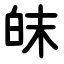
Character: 皌